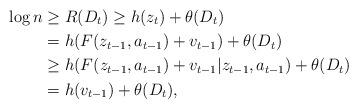
LaTeX: \begin{align*}\log{n} &\geq R(D_t) \geq h(z_t)+ \theta(D_t) \\&= h(F(z_{t-1},a_{t-1})+v_{t-1}) + \theta(D_t) \\&\geq h(F(z_{t-1},a_{t-1})+v_{t-1}|z_{t-1},a_{t-1}) + \theta(D_t) \\&= h(v_{t-1}) + \theta(D_t), \end{align*}